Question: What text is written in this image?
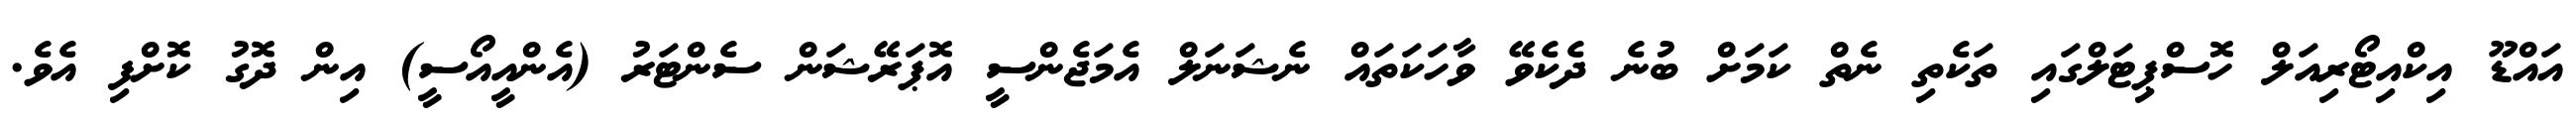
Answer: އައްޑޫ އިކްއިޓޯރިއަލް ހޮސްޕިޓަލްގައި ތަކެތި ނެތް ކަމަށް ބުނެ ދެކެވޭ ވާހަކަތައް ނެޝަނަލް އެމަޖެންސީ އޮޕަރޭޝަން ސެންޓަރު (އެންއީއޯސީ) އިން ދޮގު ކޮށްފި އެވެ.